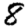
Digit: 8